Annual administration report of the Civil Veterinary Department, Ajmere-Merwara, British Rajputana - 1914-1940
Year: 1914
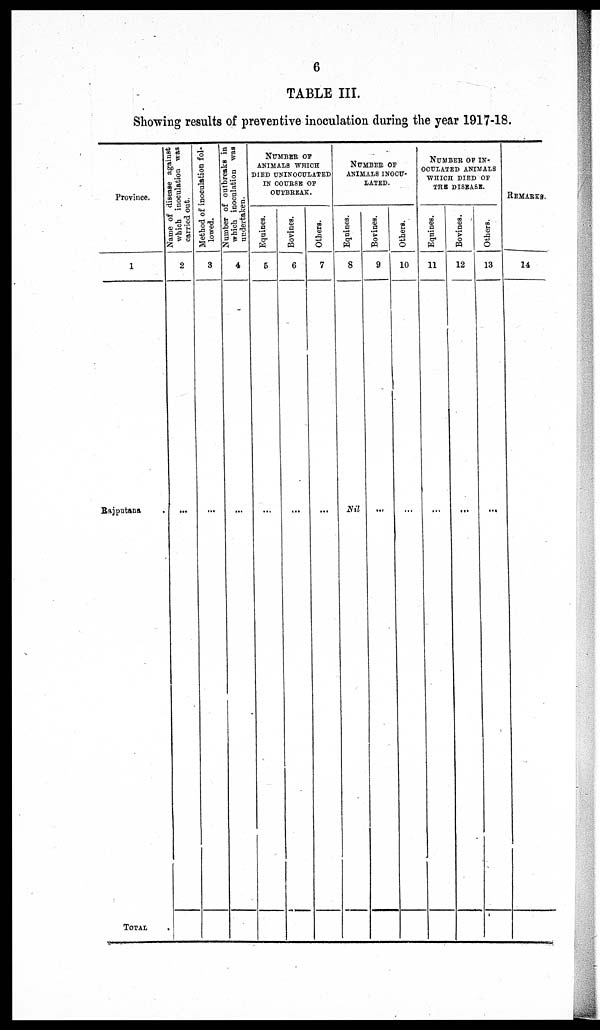
6
TABLE III.
Showing results of preventive inoculation during the year 1917-18.
Province.
1
Rajputana .
TOTAL
Name of disease against
which inoculation was
carried out.
2
...
Method of inoculation fol-
lowed.
3
...
Number of outbreaks in
which inoculation was
undertaken.
4
...
NUMBER OF
ANIMALS WHICH
DIED UNINOCULATED
IN COURSE OF
OUTBREAK.
Equines.
5
...
Bovines.
6
...
Others.
7
...
NUMBER OF
ANIMALS INOCU-
LATED.
Equines.
8
Nil
Bovines.
9
...
Others.
10
...
NUMBER OF IN-
OCULATED ANIMALS
WHICH DIED OF
THE DISEASE.
Equines.
11
...
Bovines.
12
...
Others.
13
...
REMARKS.
14